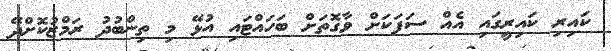
ކައިރި ކައިރީގައި އެއް ސަފަކަށް ވާގޮތަށް ބަހައްޓައި އުޅޭ މި ތިންބުދު ރަމްޒުކޮށްދޭ